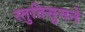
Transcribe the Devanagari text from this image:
स्तुतिसुमने